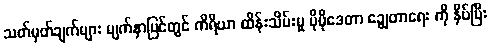
သတ်မှတ်ချက်များ မျက်နှာပြင်တွင် ကိရိယာ ထိန်းသိမ်းမှု ပိုမိုဒေတာ ချွေတာရေး ကို နှိပ်ပြီး